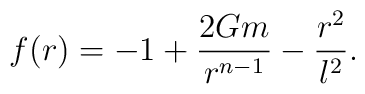
f(r)=-1 +\frac{2Gm}{r^{n-1}} -\frac{r^2}{l^2}.